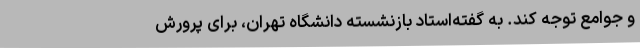
و جوامع توجه کند. به گفته‌استاد بازنشسته‌ دانشگاه تهران، برای پرورش